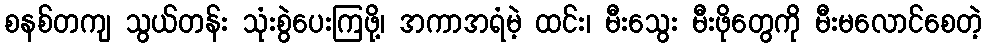
စနစ်တကျ သွယ်တန်း သုံးစွဲပေးကြဖို့၊ အကာအရံမဲ့ ထင်း၊ မီးသွေး မီးဖိုတွေကို မီးမလောင်စေတဲ့